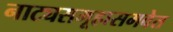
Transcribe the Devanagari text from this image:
नाट्यसमूहासमवेत